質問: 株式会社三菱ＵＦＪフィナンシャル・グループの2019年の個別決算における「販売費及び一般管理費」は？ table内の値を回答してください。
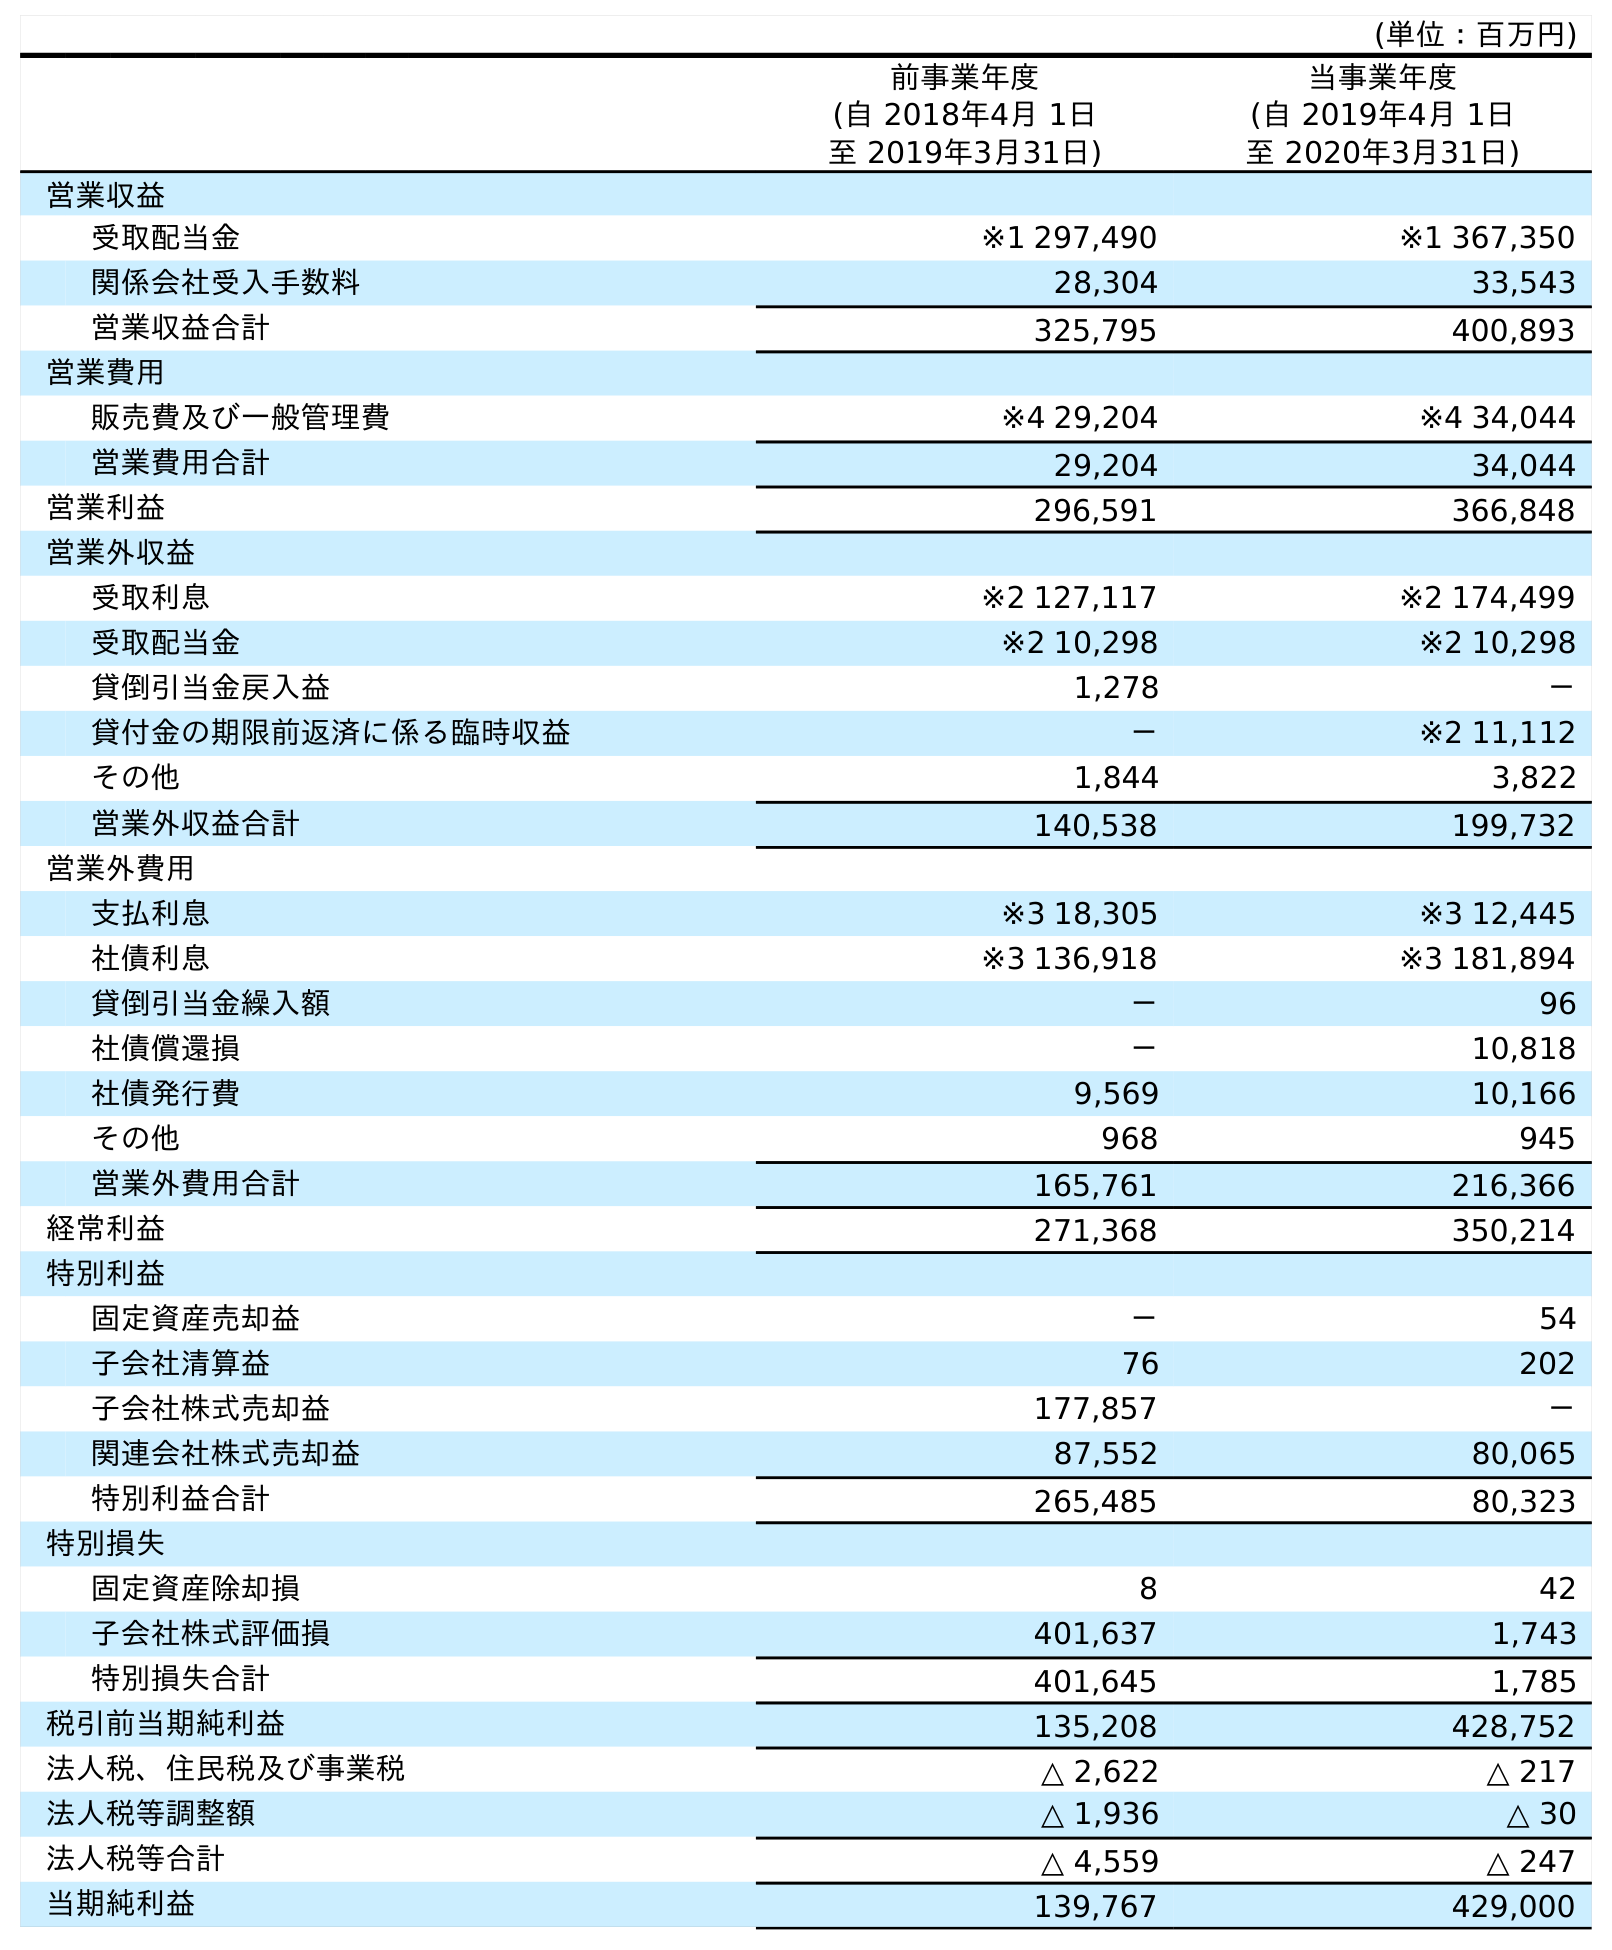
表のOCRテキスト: (単位：百万円) 前事業年度 (自 2018年4月 1日 至 2019年3月31日) 当事業年度 (自 2019年4月 1日 至 2020年3月31日) 営業収益 受取配当金 ※1 297,490 ※1 367,350 関係会社受入手数料 28,304 33,543 営業収益合計 325,795 400,893 営業費用 販売費及び一般管理費 ※4 29,204 ※4 34,044 営業費用合計 29,204 34,044 営業利益 296,591 366,848 営業外収益 受取利息 ※2 127,117 ※2 174,499 受取配当金 ※2 10,298 ※2 10,298 貸倒引当金戻入益 1,278 － 貸付金の期限前返済に係る臨時収益 － ※2 11,112 その他 1,844 3,822 営業外収益合計 140,538 199,732 営業外費用 支払利息 ※3 18,305 ※3 12,445 社債利息 ※3 136,918 ※3 181,894 貸倒引当金繰入額 － 96 社債償還損 － 10,818 社債発行費 9,569 10,166 その他 968 945 営業外費用合計 165,761 216,366 経常利益 271,368 350,214 特別利益 固定資産売却益 － 54 子会社清算益 76 202 子会社株式売却益 177,857 － 関連会社株式売却益 87,552 80,065 特別利益合計 265,485 80,323 特別損失 固定資産除却損 8 42 子会社株式評価損 401,637 1,743 特別損失合計 401,645 1,785 税引前当期純利益 135,208 428,752 法人税、住民税及び事業税 △ 2,622 △ 217 法人税等調整額 △ 1,936 △ 30 法人税等合計 △ 4,559 △ 247 当期純利益 139,767 429,000
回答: ※429,204